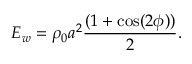
E _ { w } = \rho _ { 0 } a ^ { 2 } \frac { ( 1 + \cos ( 2 \phi ) ) } { 2 } .